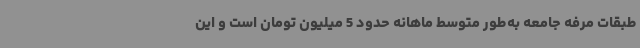
طبقات مرفه جامعه به‌طور متوسط ماهانه حدود 5 میلیون تومان است و این